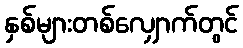
နှစ်များတစ်လျှောက်တွင်